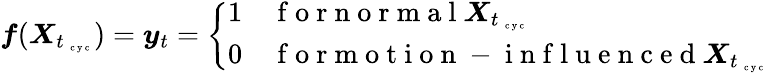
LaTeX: \boldsymbol f(\boldsymbol X_{t_{\mathrm{~\scriptsize~c~y~c~}}})=\boldsymbol y_{t}=\left\{ \begin{array}{cl}{1}&{\mathrm{~f~o~r~n~o~r~m~a~l~}\boldsymbol X_{t_{\mathrm{~\scriptsize~c~y~c~}}}}\\ {0}&{\mathrm{~f~o~r~m~o~t~i~o~n~-~i~n~f~l~u~e~n~c~e~d~}\boldsymbol X_{t_{\mathrm{~\scriptsize~c~y~c~}}}}\end{array}\right.